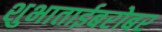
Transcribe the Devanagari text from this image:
शुभाताईबरोबर